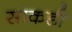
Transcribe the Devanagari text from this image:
साकडी